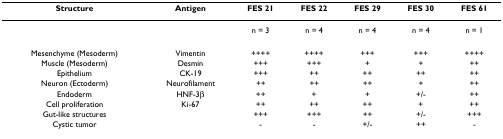
<table><thead><tr><td><b>Structure</b></td><td><b>Antigen</b></td><td><b>FES 21</b></td><td><b>FES 22</b></td><td><b>FES 29</b></td><td><b>FES 30</b></td><td><b>FES 61</b></td></tr></thead><tbody><tr><td></td><td></td><td>n = 3</td><td>n = 4</td><td>n = 4</td><td>n = 4</td><td>n = 1</td></tr><tr><td>Mesenchyme (Mesoderm)</td><td>Vimentin</td><td>++++</td><td>++++</td><td>+++</td><td>+++</td><td>++++</td></tr><tr><td>Muscle (Mesoderm)</td><td>Desmin</td><td>+++</td><td>+++</td><td>+</td><td>+</td><td>++</td></tr><tr><td>Epithelium</td><td>CK-19</td><td>+++</td><td>++</td><td>++</td><td>++</td><td>++</td></tr><tr><td>Neuron (Ectoderm)</td><td>Neurofilament</td><td>++</td><td>++</td><td>++</td><td>+</td><td>++</td></tr><tr><td>Endoderm</td><td>HNF-3β</td><td>++</td><td>+</td><td>+</td><td>+/-</td><td>++</td></tr><tr><td>Cell proliferation</td><td>Ki-67</td><td>++</td><td>++</td><td>++</td><td>+</td><td>++</td></tr><tr><td>Gut-like structures</td><td></td><td>+++</td><td>+++</td><td>++</td><td>+/-</td><td>+++</td></tr><tr><td>Cystic tumor</td><td></td><td>-</td><td>-</td><td>+/-</td><td>++</td><td>-</td></tr></tbody></table>